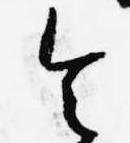
令